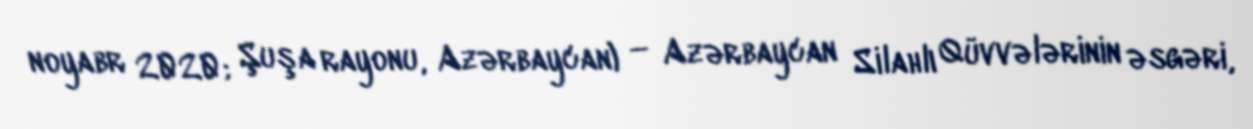
noyabr 2020; Şuşa rayonu, Azərbaycan) — Azərbaycan Silahlı Qüvvələrinin əsgəri,